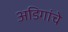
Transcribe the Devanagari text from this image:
अडिगांचे